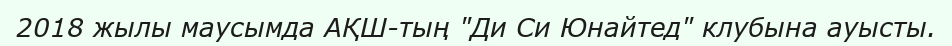
2018 жылы маусымда АҚШ-тың "Ди Си Юнайтед" клубына ауысты.